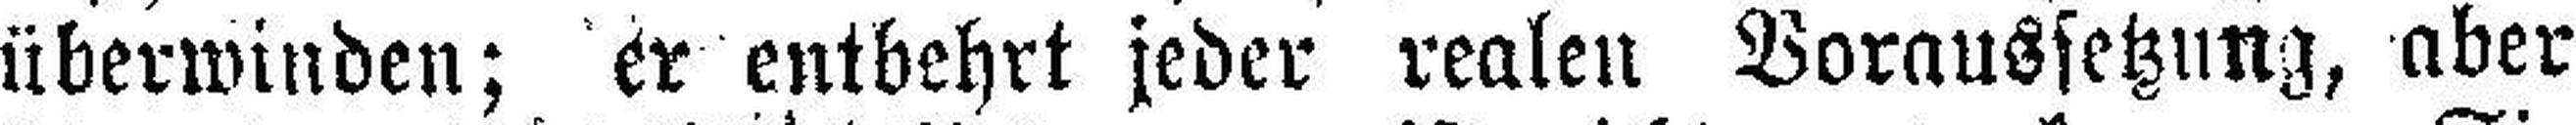
überwinden; er entbehrt jeder realen Voraussetzung, aber